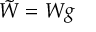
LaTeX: { \tilde { W } } = W g